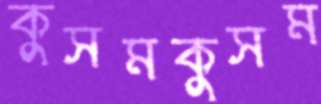
কুসমকুসম